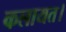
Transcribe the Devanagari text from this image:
कलायत।